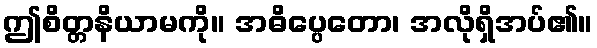
ဤစိတ္တနိယာမကို။ အဓိပ္ပေတော၊ အလိုရှိအပ်၏။